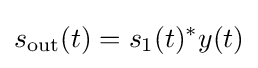
s_{\text{out}}(t)=s_{1}(t)^{*}y(t)